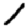
Digit: 1